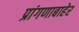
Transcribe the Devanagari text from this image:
प्रांगणाबाहेर